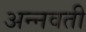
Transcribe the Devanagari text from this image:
अन्नवती